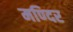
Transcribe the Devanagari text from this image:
मण्दिर